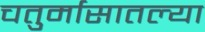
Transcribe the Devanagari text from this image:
चतुर्मासातल्या